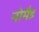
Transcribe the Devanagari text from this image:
नोमैड